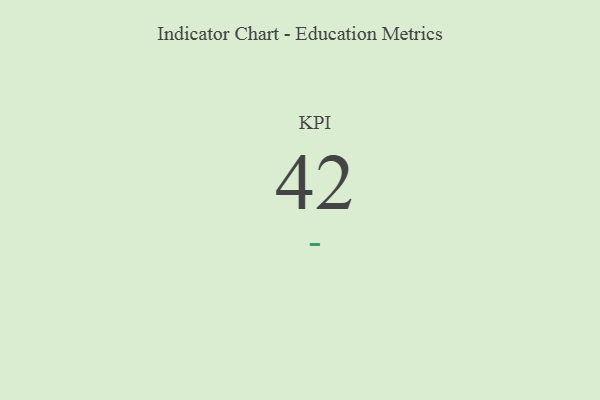
{"axis": {"x": "KPI", "y": "Value"}, "legend": [""], "data": [{"x": "KPI", "y": 42, "type": ""}]}